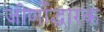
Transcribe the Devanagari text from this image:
जीर्णोद्धारक